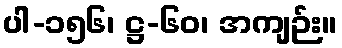
ပါ-၁၅၆၊ ဋ္ဌ-၆၀၊ အကျဉ်း။